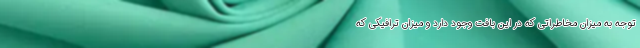
توجه به میزان مخاطراتی که در این بافت وجود دارد و میزان ترافیکی که